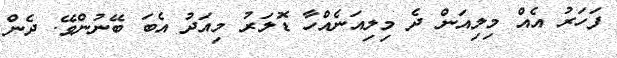
ފަހަރު އެއް މިލިއަން ދެ މިލިއަނެއްހާ ޑޮލަރު މިއަދު އެބަ ބޭނުންވޭ. ދެން